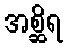
အစ္ဆိရ